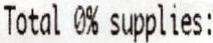
TOTAL 0% SUPPLIES: